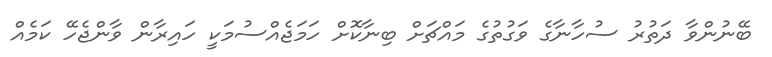
ބޭނުންވާ ދަތުރު ސުހާނާގެ ވަގުތުގެ މައްޗަށް ބިނާކޮށް ހަމަޖެއްސުމަކީ ހައިރާން ވާންޖެހޭ ކަމެއް